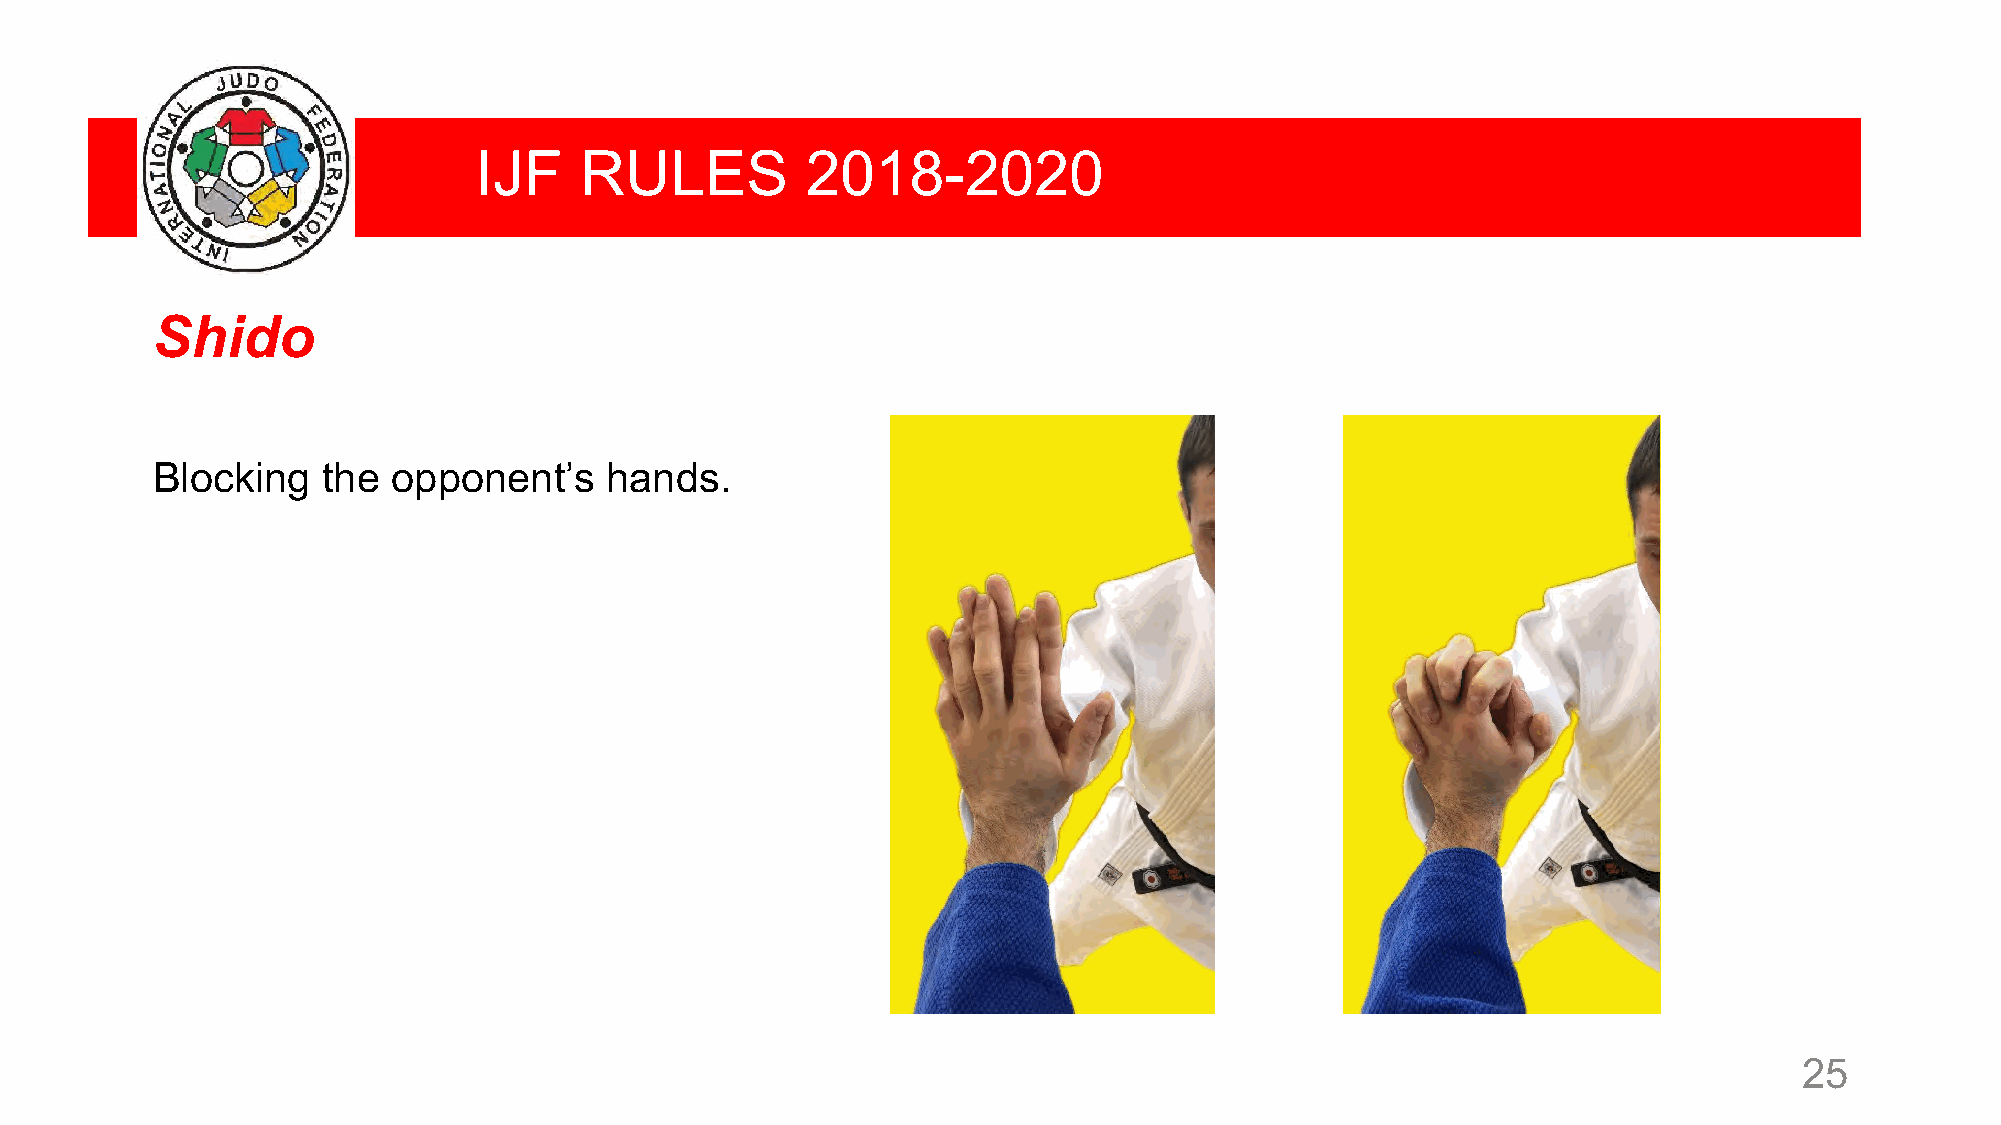
IJF    RULES          2018-2020
 Shido
 Blocking   the  opponent’s    hands.
 25